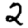
Digit: 2